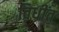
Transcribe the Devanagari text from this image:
विधींत